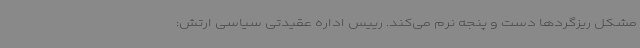
مشکل ریزگردها دست و پنجه نرم می‌کند. رییس اداره عقیدتی سیاسی ارتش: